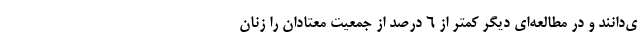
ی‌دانند و در مطالعه‌ای دیگر کمتر از ۶ درصد از جمعیت معتادان را زنان